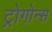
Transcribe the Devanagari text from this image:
ट्रोगोन्स